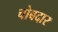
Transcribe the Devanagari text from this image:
चोबदार